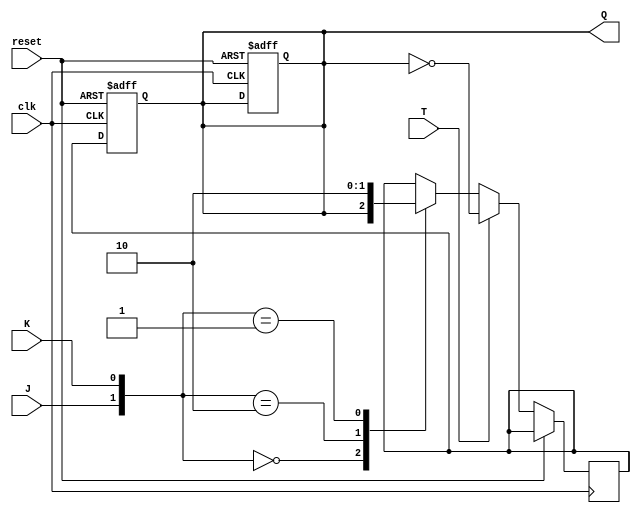
module t_flipflop_with_jk(
    input clk,
    input reset,
    input J,
    input K,
    input T,
    output reg Q
);

reg Q_temp;

always @(posedge clk or posedge reset) begin
    if (reset) begin
        Q <= 0;
    end else begin
        if (T) begin
            Q_temp <= ~Q;
        end else begin
            case({J,K})
                2'b00: Q_temp <= Q;
                2'b10: Q_temp <= 1;
                2'b01: Q_temp <= 0;
            endcase
        end
    end
end

always @(posedge clk or posedge reset) begin
    if (reset) begin
        Q <= 0;
    end else begin
    Q <= Q_temp;
    end
end

endmodule